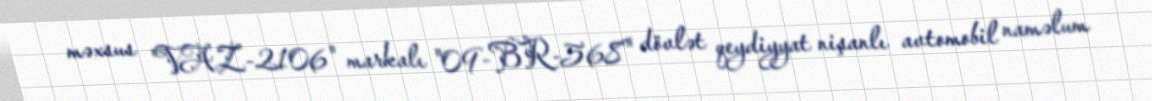
məxsus "VAZ-2106" markalı "09-BR-568" dövlət qeydiyyat nişanlı avtomobil naməlum